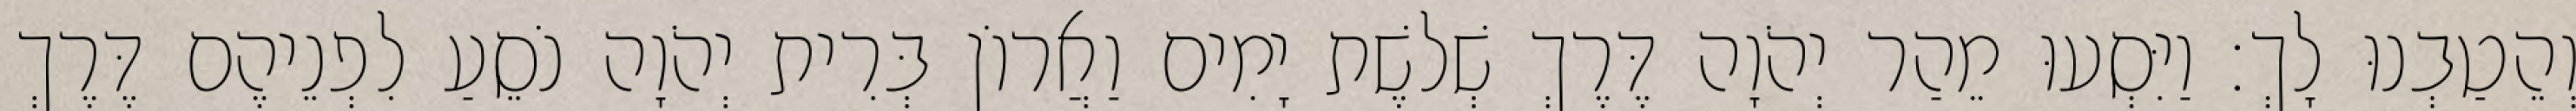
וְהֵטַבְנוּ לָךְ׃ וַיִּסְעוּ מֵהַר יְהֹוָה דֶּרֶךְ שְׁלשֶׁת יָמִים וַאֲרוֹן בְּרִית יְהֹוָה נֹסֵעַ לִפְנֵיהֶם דֶּרֶךְ